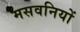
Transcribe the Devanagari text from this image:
मसवनियों